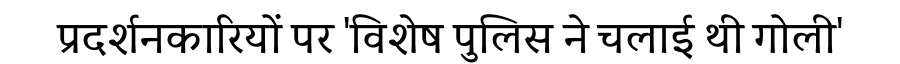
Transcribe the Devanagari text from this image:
प्रदर्शनकारियों पर 'विशेष पुलिस ने चलाई थी गोली'